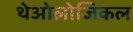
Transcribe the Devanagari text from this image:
थेओलोजिकल